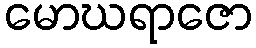
မောဃရာဇော